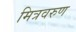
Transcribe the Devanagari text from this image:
मित्रवरुण